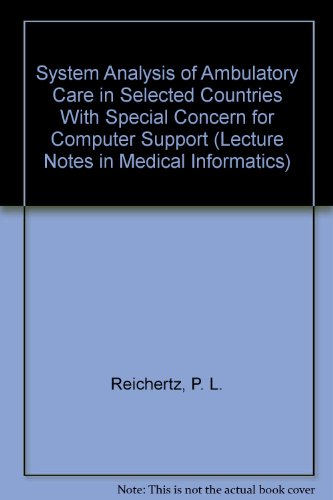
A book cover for System Analysis of Ambulatory Care in Selected Countries With Special Concern for Computer Support (Lecture Notes in Medical Informatics); P. L. Reichertz; Medical Books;